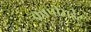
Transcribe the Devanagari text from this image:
कापीराईट